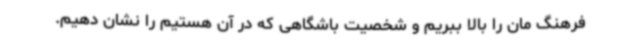
فرهنگ مان را بالا ببریم و شخصیت باشگاهی که در آن هستیم را نشان دهیم.